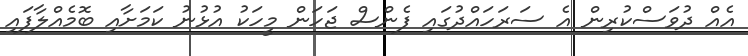
އެއް ދުވަސްކުރިން އެ ސަރަހައްދުގައި ފެންސް ޖަހަން މީހަކު އުޅުނު ކަމަށާއި ބޮމެއްލާފައި